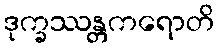
ဒုက္ခဿန္တကရောတိ